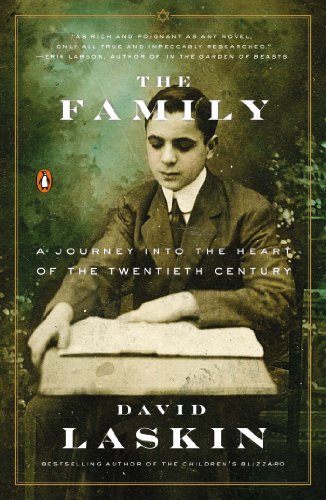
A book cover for The Family: A Journey into the Heart of the Twentieth Century; David Laskin; Biographies & Memoirs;